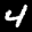
Label: 4